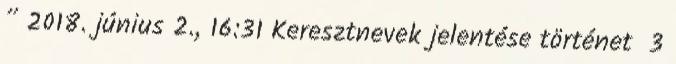
” 2018. június 2., 16:31 ‎Keresztnevek jelentése történet ‎ 3